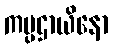
ကပ္ပဌာယိနော